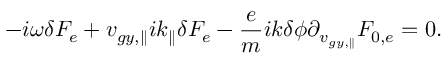
- i \omega \delta F _ { e } + { v } _ { g y , \parallel } i k _ { \parallel } \delta F _ { e } - \frac { e } { m } i { k } \delta \phi \partial _ { v _ { g y , \parallel } } F _ { 0 , e } = 0 .